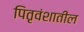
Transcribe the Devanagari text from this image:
पितृवंशातील